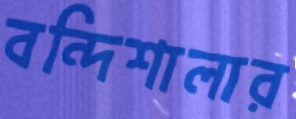
বন্দিশালার